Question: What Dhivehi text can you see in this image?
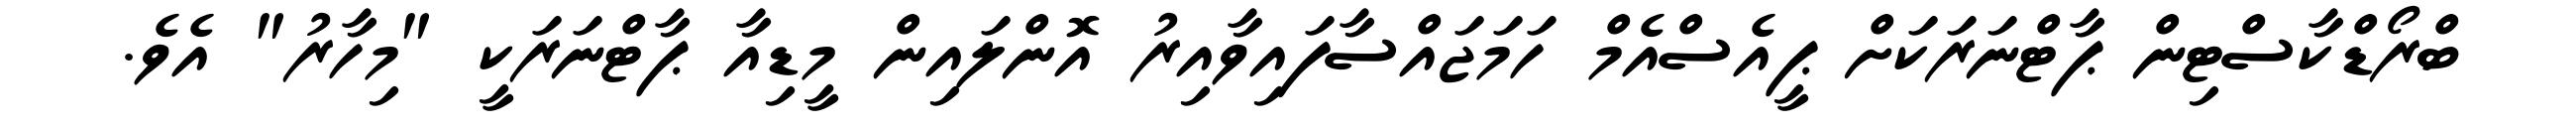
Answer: ބްރޯޑްކާސްޓިން ޕާޓްނަރަކަށް ޕީއެސްއެމް ހަމަޖައްސާފައިވާއިރު އޮންލައިން މީޑިއާ ޕާޓްނަރަކީ "މިހާރު" އެވެ.